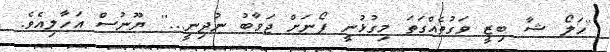
''ހަލޯ ޝާ ބިޒީ ވަގުތެއްގަތަ މިގުޅުނީ ފޯނަށް ޖަވާބު ނުދިނީ...'' ޔޫނުސް އަހާލިއެވެ.